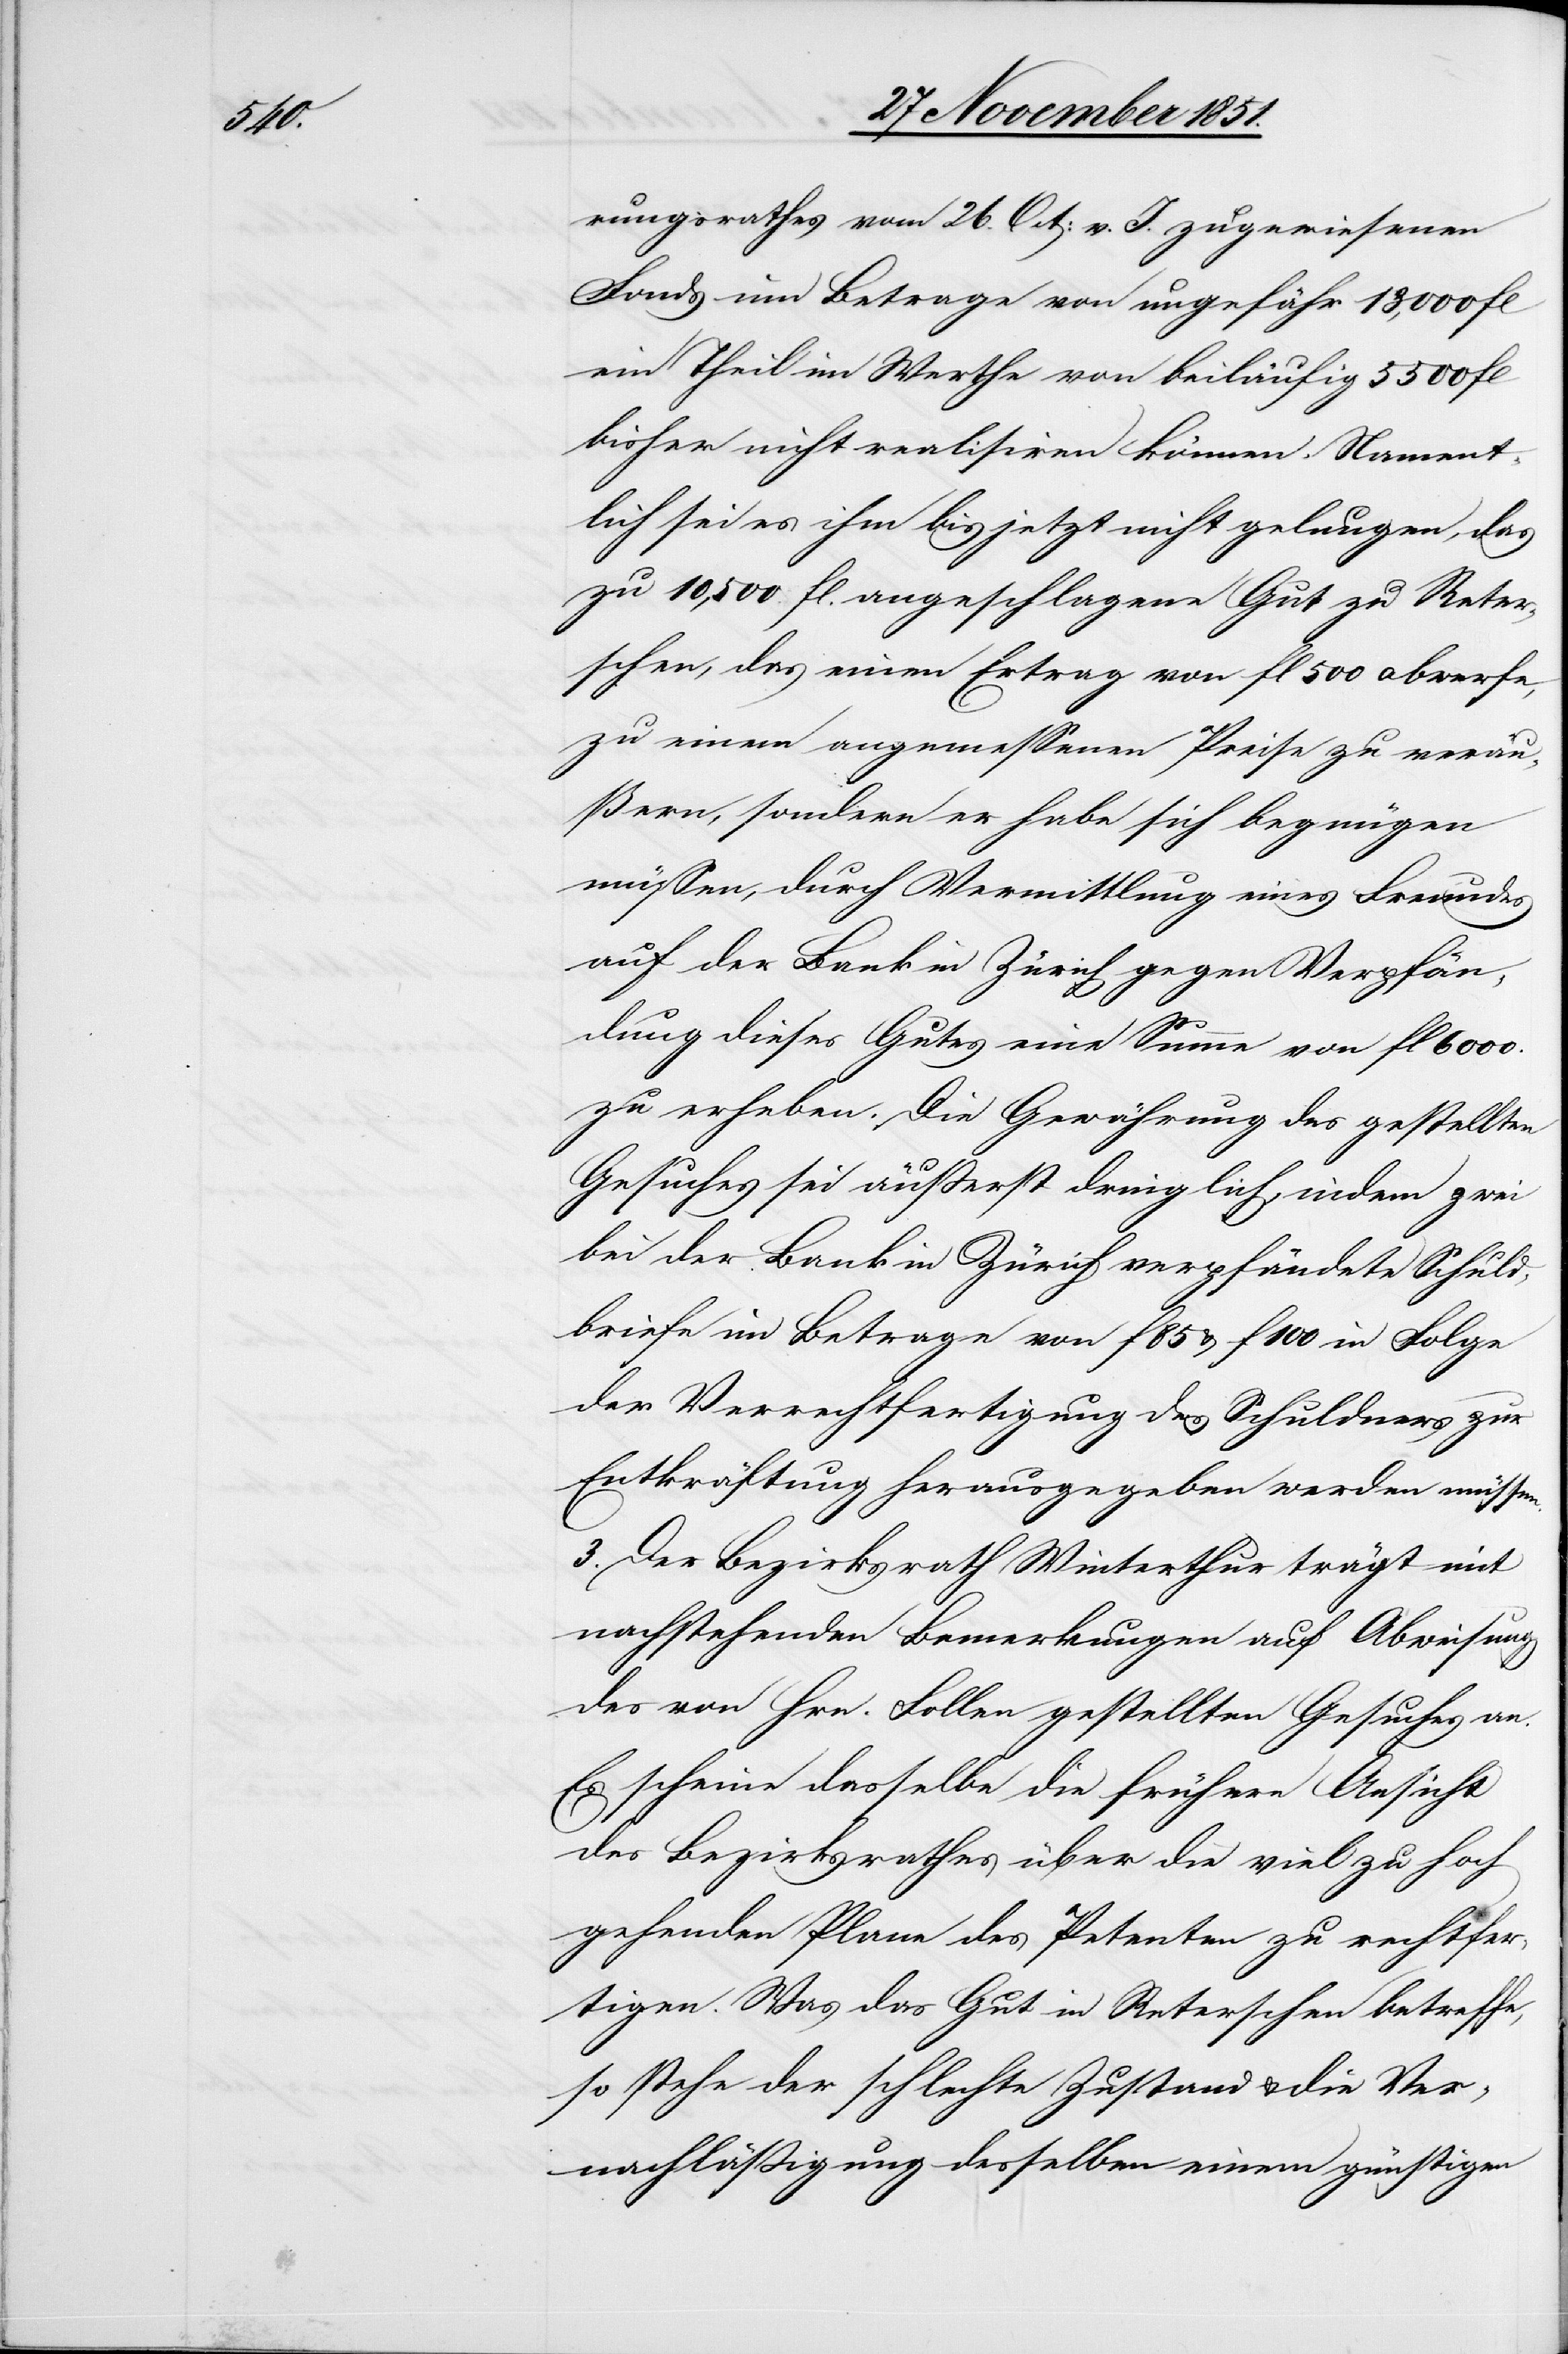
rungsrathes vom 26. Oct: v. J. zugewiesenen
Fonds im Betrage von ungefähr 13,000 fl
ein Theil im Werthe von beiläufig 5500 fl
bisher nicht realisiren können. Nament¬
lich sei es ihm bis jetzt nicht gelungen, das
zu 10,500. fl. angeschlagene Gut zu Reter¬
schen, das einen Ertrag von fl 500 abwerfe,
zu einem angemessenen Preise zu veräu¬
ßern, sondern er habe sich begnügen
müssen, durch Vermittlung eines Freundes
auf der Bank in Zürich gegen Verpfän¬
dung dieses Gutes eine Summe von fl 6000.
zu erheben. Die Gewährung des gestellten
Gesuches sei äußerst dringlich, indem zwei
bei der Bank in Zürich verpfändete Schuld¬
briefe im Betrage von f 85 & f 100 in Folge
der Verrechtfertigung des Schuldners zur
Entkräftung herausgegeben werden müssen.
3. Der Bezirksrath Winterthur trägt mit
nachstehenden Bemerkungen auf Abweisung
des von Hrn. Follen gestellten Gesuches an.
Es scheine dasselbe die frühere Ansicht
des Bezirksrathes über die viel zu hoch
gehenden Plane des Petenten zu rechtfer¬
tigen. Was das Gut in Reterschen betreffe,
so stehe der schlechte Zustand & die Ver¬
nachläßigung desselben einem günstigen